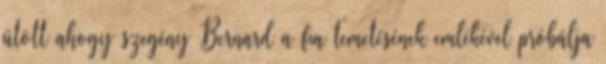
ütött ahogy szegény Bernard a fia temetésének emlékével próbálja